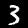
Digit: 3